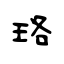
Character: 珞